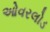
ઓવરલોડ